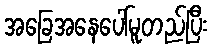
အခြေအနေပေါ်မူတည်ပြီး